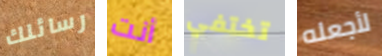
رسائلك أنت تختفي لأجعله